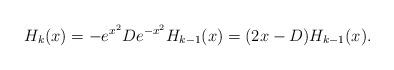
LaTeX: \begin{align*}H_k(x)= -e^{x^2}De^{-x^2}H_{k-1}(x) = (2x-D)H_{k-1}(x).\end{align*}